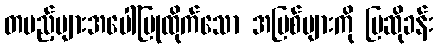
တပည့်များအပေါ်ပြုထိုက်သော အပြစ်များကို ပြဆိုခန်း